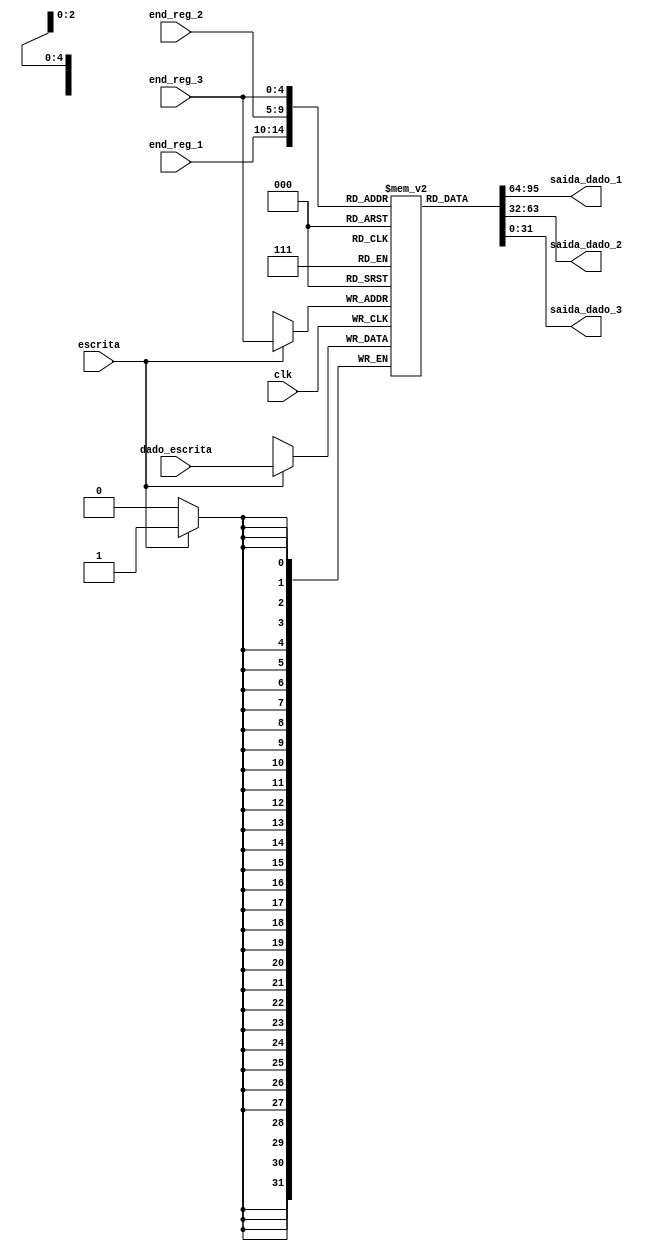
module memoriaRegistradores (
clk,

end_reg_1,
saida_dado_1,
dado_escrita,

end_reg_2,
saida_dado_2,

end_reg_3,
saida_dado_3,

escrita
);

// VARIAVEIS INTERNAS
parameter tamanho_palavra = 32;
parameter tam_memoria = 32;
integer i;

// INPUTS
input clk;
input [4:0] end_reg_1;
input [tamanho_palavra-1:0] dado_escrita; //?
input [4:0] end_reg_2;
input [4:0] end_reg_3;
input escrita;


// OUTPUTS
output [tamanho_palavra-1:0] saida_dado_1;
output [tamanho_palavra-1:0] saida_dado_2;
output [tamanho_palavra-1:0] saida_dado_3;

reg[tamanho_palavra-1:0] mem [0:tam_memoria-1];

always @ (posedge clk) begin
	if (escrita) begin
		mem[end_reg_3] = dado_escrita;
	end
end

assign saida_dado_1 = mem[end_reg_1];
assign saida_dado_2 = mem[end_reg_2];
assign saida_dado_3 = mem[end_reg_3];

endmodule